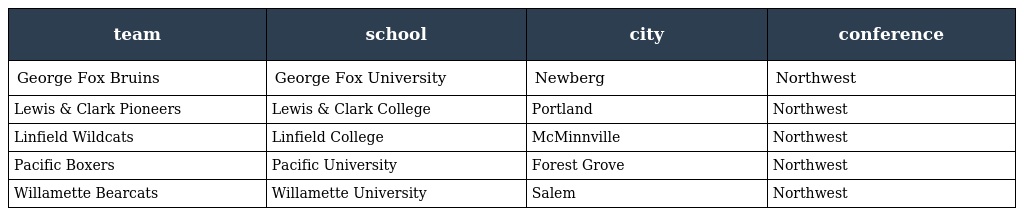
| team | school | city | conference |
 | --- | --- | --- | --- |
 | George Fox Bruins | George Fox University | Newberg | Northwest |
 | Lewis & Clark Pioneers | Lewis & Clark College | Portland | Northwest |
 | Linfield Wildcats | Linfield College | McMinnville | Northwest |
 | Pacific Boxers | Pacific University | Forest Grove | Northwest |
 | Willamette Bearcats | Willamette University | Salem | Northwest |